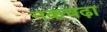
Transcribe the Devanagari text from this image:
नकचढ़ा